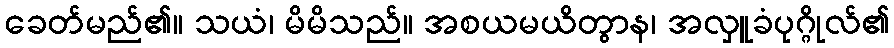
ခေတ်မည်၏။ သယံ၊ မိမိသည်။ အစယမယိတွာန၊ အလှူခံပုဂ္ဂိုလ်၏